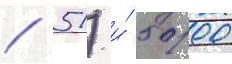
/ 51) и́ 5000